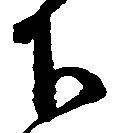
下